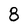
Character: 8